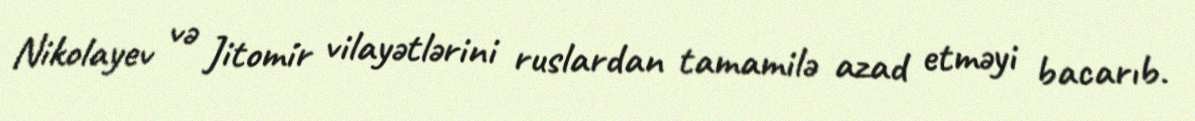
Nikolayev və Jitomir vilayətlərini ruslardan tamamilə azad etməyi bacarıb.